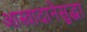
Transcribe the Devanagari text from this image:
आस्वादानेसुद्धा